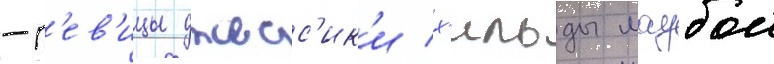
-п'ев'ицы джесс'ик'и х'ильды маубои